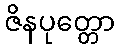
ဇိနပုတ္တော